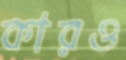
কারও